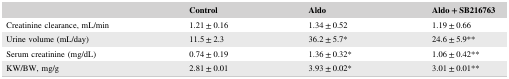
|  | Control | Aldo | Aldo + SB216763 |
 | --- | --- | --- | --- |
 | Creatinine clearance, mL/min | 1.21 ± 0.16 | 1.34 ± 0.52 | 1.19 ± 0.66 |
 | Urine volume (mL/day) | 11.5 ± 2.3 | 36.2 ± 5.7* | 24.6 ± 5.9** |
 | Serum creatinine (mg/dL) | 0.74 ± 0.19 | 1.36 ± 0.32* | 1.06 ± 0.42** |
 | KW/BW, mg/g | 2.81 ± 0.01 | 3.93 ± 0.02* | 3.01 ± 0.01** |